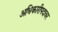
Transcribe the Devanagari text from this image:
अधिकारीपदावर